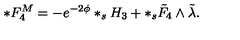
* F _ { 4 } ^ { M } = - e ^ { - 2 \phi } * _ { s } H _ { 3 } + * _ { s } \tilde { F } _ { 4 } \wedge \tilde { \lambda } .